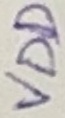
Text: VDD